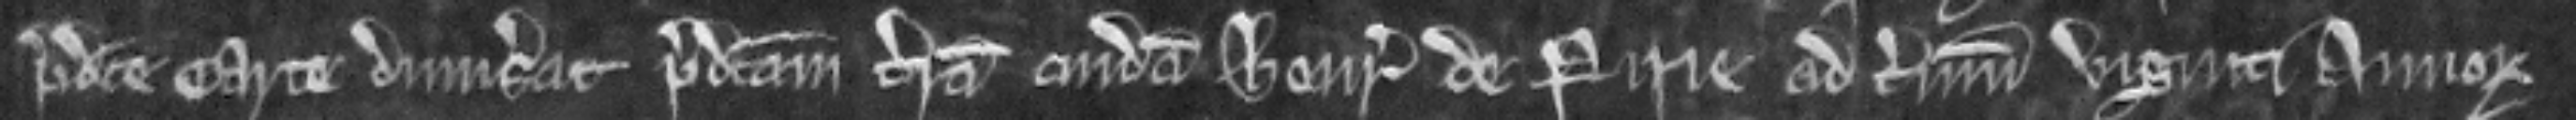
predicte carte dimiserat predictam terram cuidam Henrico de Pirie ad terminum viginti annorum.